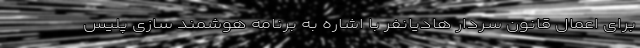
برای اعمال قانون سردار هادیانفر با اشاره به برنامه هوشمند سازی پلیس